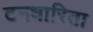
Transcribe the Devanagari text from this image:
टनधारिता